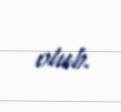
olub.